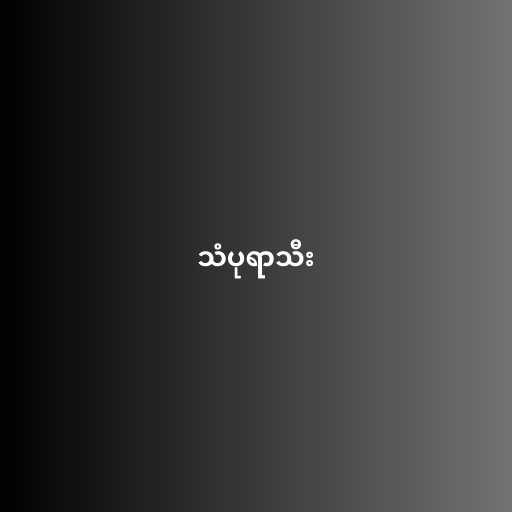
သံပုရာသီး